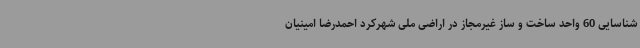
شناسایی 60 واحد ساخت و ساز غیرمجاز در اراضی ملی شهرکرد احمدرضا امینیان